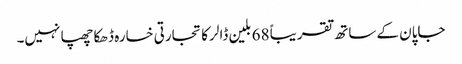
جاپان کے ساتھ تقریباً 68 بلین ڈالر کا تجارتی خسارہ ڈھکا چھپا نہیں۔